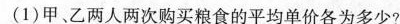
(1)甲、乙两人两次购买粮食的平均单价各为多少?